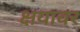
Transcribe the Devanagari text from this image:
क्षयावर